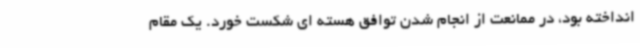
انداخته بود، در ممانعت از انجام شدن توافق هسته ای شکست خورد. یک مقام